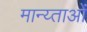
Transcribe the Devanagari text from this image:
मान्य्ताओं